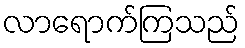
လာရောက်ကြသည်